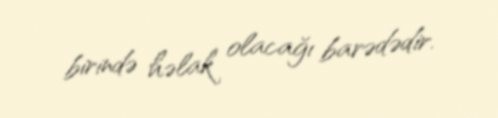
birində həlak olacağı barədədir.